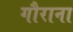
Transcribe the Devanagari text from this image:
गौराना